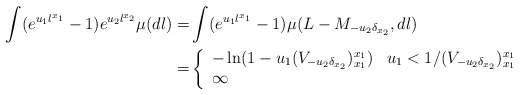
\begin{align*}\int(e^{u_1l^{x_1}}-1)e^{u_2l^{x_2}}\mu(dl)=&\int(e^{u_1l^{x_1}}-1)\mu(L-M_{-u_2\delta_{x_2}},dl)\\=&\left\{\begin{array}{ll}-\ln(1-u_1(V_{-u_2\delta_{x_2}})^{x_1}_{x_1}) & u_1<1/(V_{-u_2\delta_{x_2}})^{x_1}_{x_1}\\\infty & \end{array}\right.\end{align*}